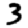
Digit: 3